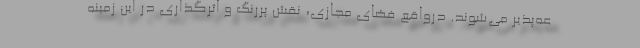
عه‌پذیر می‌شوند. درواقع فضای مجازی، نقش پررنگ و اثرگذاری در این زمینه